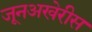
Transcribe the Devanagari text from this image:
जूनअखेरीस